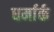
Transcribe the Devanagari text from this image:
धर्मार्क